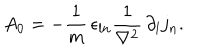
A _ { 0 } = - \frac { 1 } { m } \, \epsilon _ { l n } \frac { 1 } { \nabla ^ { 2 } } \, \partial _ { l } j _ { n } .